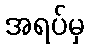
အရပ်မှ